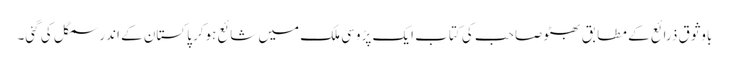
باوثوق ذرائع کے مطابق بھٹو صاحب کی کتاب ایک پڑوسی ملک میں شائع ہوکر پاکستان کے اندر سمگل کی گئی۔